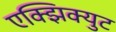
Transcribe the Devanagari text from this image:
एक्झिक्युट